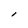
Character: l